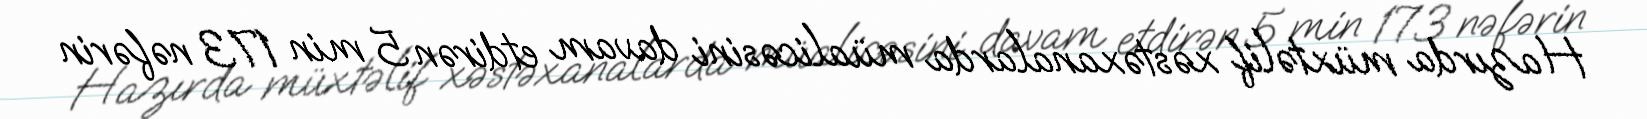
Hazırda müxtəlif xəstəxanalarda müalicəsini davam etdirən 5 min 173 nəfərin